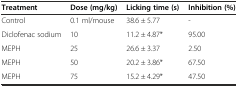
<table><thead><tr><td><b>Treatment</b></td><td><b>Dose (mg/kg)</b></td><td><b>Licking time (s)</b></td><td><b>Inhibition (%)</b></td></tr></thead><tbody><tr><td>Control</td><td>0.1 ml/mouse</td><td>38.6 ± 5.77</td><td>-</td></tr><tr><td>Diclofenac sodium</td><td>10</td><td>11.2 ± 4.87*</td><td>95.00</td></tr><tr><td>MEPH</td><td>25</td><td>26.6 ± 3.37</td><td>2.50</td></tr><tr><td>MEPH</td><td>50</td><td>20.2 ± 3.86*</td><td>67.50</td></tr><tr><td>MEPH</td><td>75</td><td>15.2 ± 4.29*</td><td>47.50</td></tr></tbody></table>